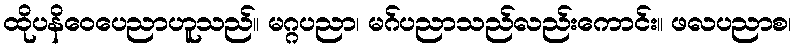
ထိုပနိဝေပေညာဟူသည်။ မဂ္ဂပညာ၊ မဂ်ပညာသည်လည်းကောင်း။ ဖလပညာစ၊